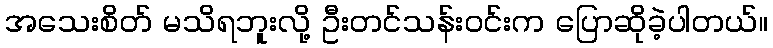
အသေးစိတ် မသိရဘူးလို့ ဦးတင်သန်းဝင်းက ပြောဆိုခဲ့ပါတယ်။